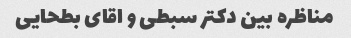
مناظره بین دکتر سبطی و اقای بطحایی